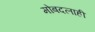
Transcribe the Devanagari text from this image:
मोबदलाही